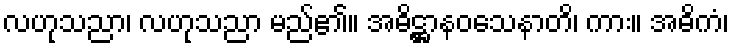
လဟုသညာ၊ လဟုသညာ မည်၏။ အဓိဋ္ဌာနဝသေနာတိ၊ ကား။ အဓိကံ၊